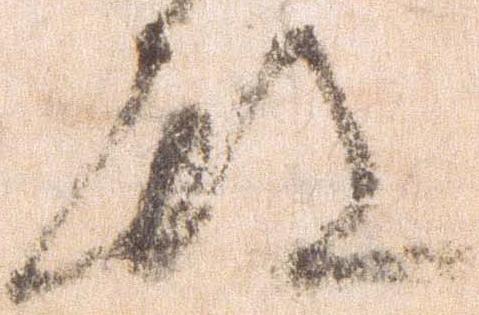
殿